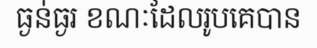
ធ្ងន់ធ្ងរ ខណៈដែលរូបគេបាន